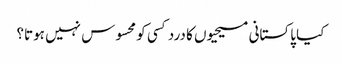
کیا پاکستانی مسیحیوں کا درد کسی کو محسوس نہیں ہوتا؟